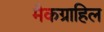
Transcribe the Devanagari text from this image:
मैकग्राहिल